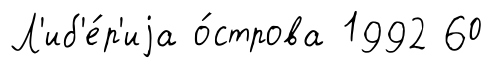
Л'иб'е́р'иjа о́строва 1992 60